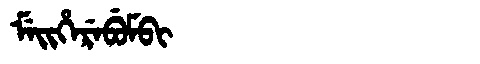
Manchu: ᠮᡝᡳᡥᡝᡵᡝᠪᡠᠮᠪᡳ
Romanization: MEIHEREBUMBI